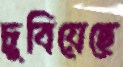
চুবিয়েছে